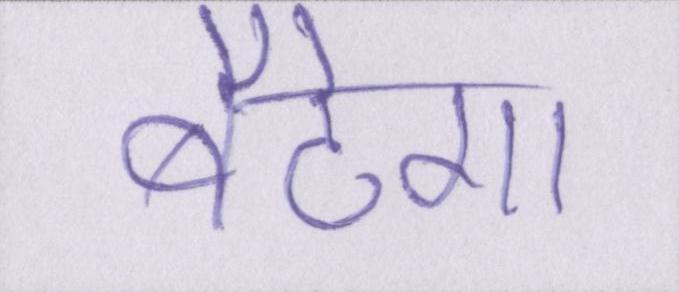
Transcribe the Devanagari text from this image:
बैठेगा